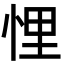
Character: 悝